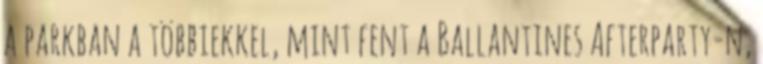
a parkban a többiekkel, mint fent a Ballantines Afterparty-n,